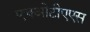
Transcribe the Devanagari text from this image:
एचओटीएएस